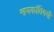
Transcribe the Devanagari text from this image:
नायकांविषयी